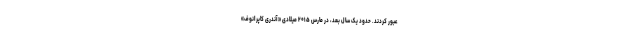
عبور کردند. حدود یک سال بعد، در مارس ۲۰۱۵ میلادی «آندری کاپرانوف»